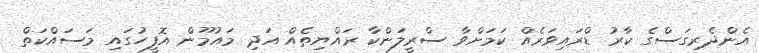
އެންދެރިގަސްގެ ކާރު ޑްރައިވަރެއް ކަމަށްވާ ސްރީލަންކާ ރައްޔިތެއް އަދި މައުމޫން އޮފީހުގައި މަސައްކަތް